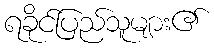
ရခိုင်ပြည်သူများ၏